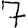
Digit: 7